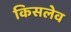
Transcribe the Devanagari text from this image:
किसलेव